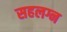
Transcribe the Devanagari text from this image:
सहलग्न